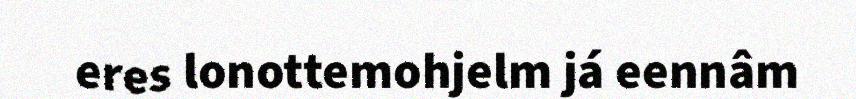
eres lonottemohjelm já eennâm